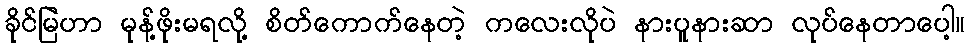
ခိုင်မြဲဟာ မုန့်ဖိုးမရလို့ စိတ်ကောက်နေတဲ့ ကလေးလိုပဲ နားပူနားဆာ လုပ်နေတာပေါ့။